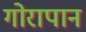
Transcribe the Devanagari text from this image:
गोरापान